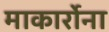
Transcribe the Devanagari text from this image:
माकार्रोना